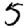
Digit: 5